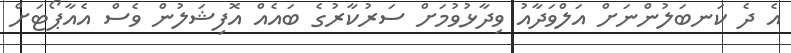
އެ ދެ ކަނބަލުންނަށް އަލްވަދާއު ވިދާޅުވުމަށް ސަރުކާރުގެ ބައެއް އޮފިޝަލުން ވެސް އެއާޕޯޓަށް